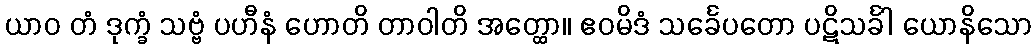
ယာဝ တံ ဒုက္ခံ သဗ္ဗံ ပဟီနံ ဟောတိ တာဝါတိ အတ္ထော။ ဧဝမိဒံ သင်္ခေပတော ပဋိသင်္ခါ ယောနိသော